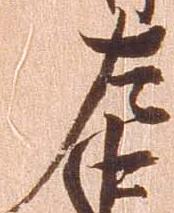
左